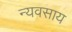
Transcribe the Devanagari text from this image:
न्यवसाय